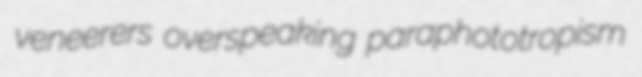
veneerers overspeaking paraphototropism